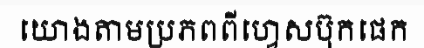
យោងតាមប្រភពពីហ្វេសប៊ុកផេក